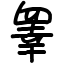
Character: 睾